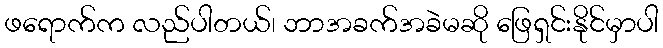
ဖရောက်က လည်ပါတယ်၊ ဘာအခက်အခဲမဆို ဖြေရှင်းနိုင်မှာပါ